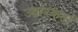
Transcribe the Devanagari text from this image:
उद्वारकर्ता